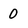
Character: 0